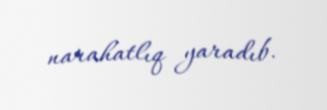
narahatlıq yaradıb.